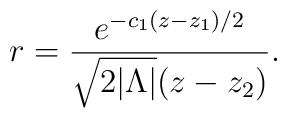
r={e^{-c_1(z-z_1)/2}\over\sqrt{2|\Lambda|}(z-z_2)}.